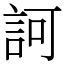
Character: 訶